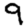
Digit: 9